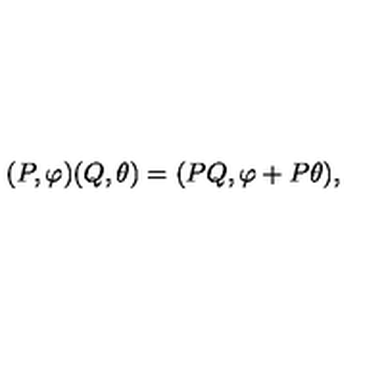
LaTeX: ( P , \varphi ) ( Q , \theta ) = ( P Q , \varphi + P \theta ) ,